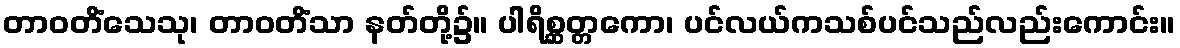
တာဝတိံသေသု၊ တာဝတိံသာ နတ်တို့၌။ ပါရိစ္ဆတ္တကော၊ ပင်လယ်ကသစ်ပင်သည်လည်းကောင်း။